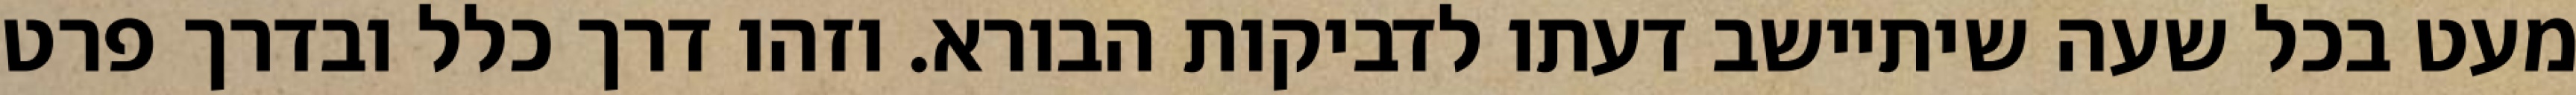
מעט בכל שעה שיתיישב דעתו לדביקות הבורא. וזהו דרך כלל ובדרך פרט